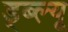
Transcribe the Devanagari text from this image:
ड्ब्ल्यू